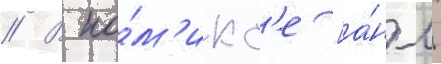
// В ко́м'икс'е [а́нгл.